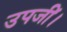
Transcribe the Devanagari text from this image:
उपजीं।